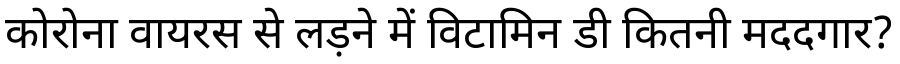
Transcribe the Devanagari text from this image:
कोरोना वायरस से लड़ने में विटामिन डी कितनी मददगार?